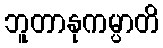
ဘူတာနုကမ္ပာတိ